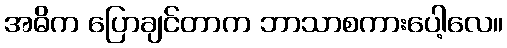
အဓိက ပြောချင်တာက ဘာသာစကားပေါ့လေ။